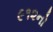
૯૧૨નો